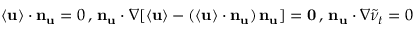
{ \bf { \langle { u } \rangle } } \cdot { \bf { n } _ { u } } = 0 \, , \, { \bf { n } _ { u } } \cdot \nabla [ { \bf { \langle { u } \rangle } } - ( { \bf { \langle { u } \rangle } } \cdot { \bf { n } _ { u } } ) \, { \bf { n } _ { u } } ] = { \bf { 0 } } \, , \, { \bf { n } _ { u } } \cdot \nabla \tilde { \nu } _ { t } = 0